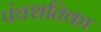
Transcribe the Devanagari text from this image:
पंचशतिका